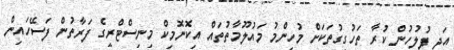
އަދި ފުލުހުން ކުރާ ތަހުގީގުތަކަށް މުހިންމު މައުލޫމާތުތައް އިކޮނޮމިކް މިނިސްޓްރީގެ ފަރާތުން ފަސޭހައިން